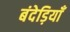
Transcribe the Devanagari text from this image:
बंदेड़ियाँ